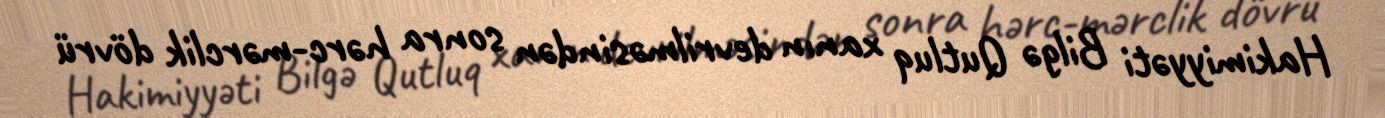
Hakimiyyəti Bilgə Qutluq xanın devrilməsindən sonra hərc-mərclik dövrü